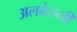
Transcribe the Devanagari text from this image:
अलवेरुनी